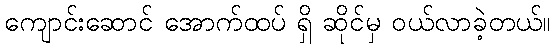
ကျောင်းဆောင် အောက်ထပ် ရှိ ဆိုင်မှ ဝယ်လာခဲ့တယ်။